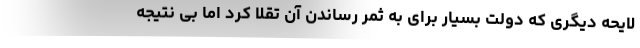
لایحه دیگری که دولت بسیار برای به ثمر رساندن آن تقلا کرد اما بی نتیجه